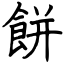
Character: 餅